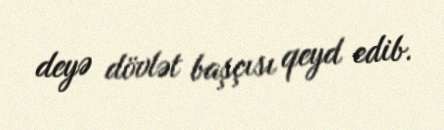
deyə dövlət başçısı qeyd edib.